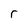
Character: r